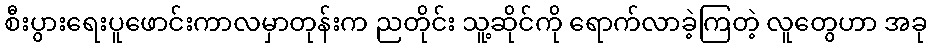
စီးပွားရေးပူဖောင်းကာလမှာတုန်းက ညတိုင်း သူ့ဆိုင်ကို ရောက်လာခဲ့ကြတဲ့ လူတွေဟာ အခု